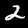
Digit: 2